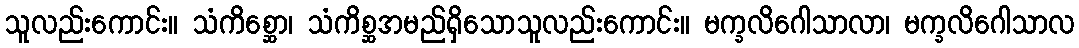
သူလည်းကောင်း။ သံကိစ္ဆော၊ သံကိစ္ဆအမည်ရှိသောသူလည်းကောင်း။ မက္ခလိဂေါသာလာ၊ မက္ခလိဂေါသာလ